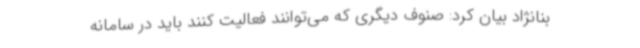
بنانژاد بیان کرد: صنوف دیگری که می‌توانند فعالیت کنند باید در سامانه